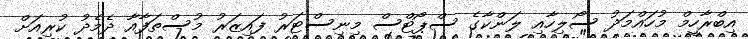
އިބްރާހީމް މުހައްމަދު ސޯލިހާއި ލަންކާގެ ސްޕޯޓްސް މިނިސްޓަރު ފައިޒަރު މުސްތަފާއާ ދެމެދު ކުރިއަށް